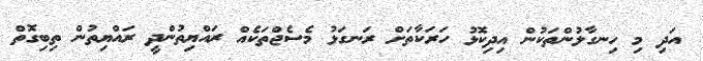
އަދި މި ހިނގާލުންތަކުން އިދިކޮޅު ހަރަކާތަށް ރަނގަޅު މެސެޖްތަކެއް ރައްޔިތުންދީ ރައްޔިތުން ތިބިގޮތް